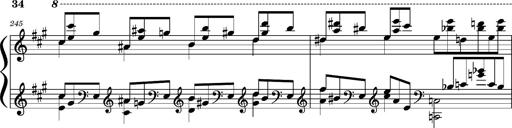
Title: Concerto sans orchestre, S.524a
Composer: Franz Liszt
Key: A major